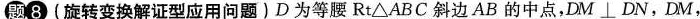
题⑧(旋转变换解证型应用问题)D为等腰RtΔABC斜边AB的中点，DM⊥DN，DM，